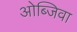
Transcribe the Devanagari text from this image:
ओब्जिवा